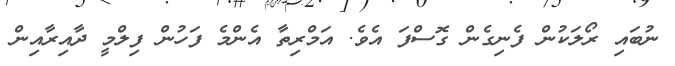
ނުބައި ރޯލަކުން ފެނިގެން ގޮސްފަ އެވެ. އަމްރިތާ އެންމެ ފަހުން ފިލްމީ ދާއިރާއިން